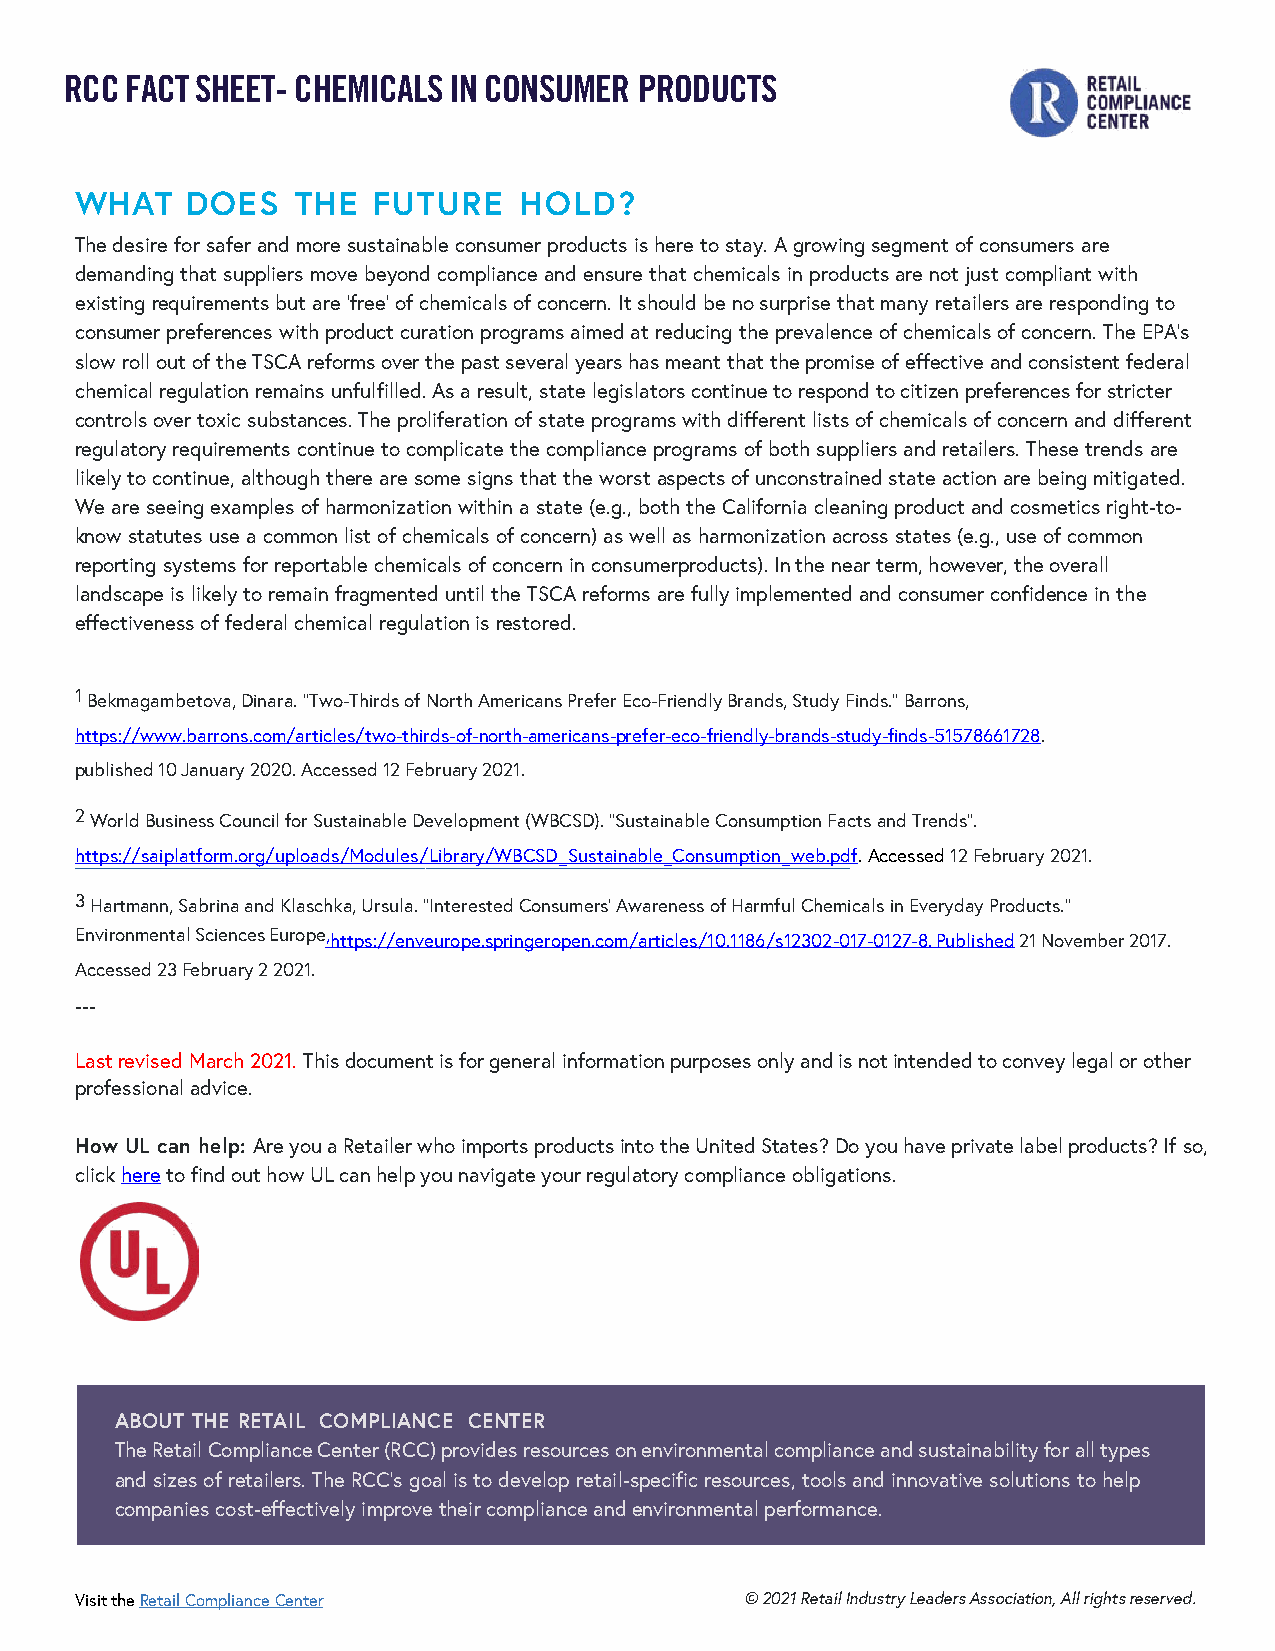
RCC FACT SHEET- CHEMICALS IN CONSUMER PRODUCTS
 WHAT   DOES   THE   FUTURE   HOLD?
 The desire for safer and more sustainable consumer products is here to stay. A growing segment of consumers are
 demanding that suppliers move beyond compliance and ensure that chemicals in products are not just compliant with
 existing requirements but are ‘free’ of chemicals of concern. It should be no surprise that many retailers are responding to
 consumer preferences with product curation programs aimed at reducing the prevalence of chemicals of concern. The EPA’s
 slow roll out of the TSCA reforms over the past several years has meant that the promise of effective and consistent federal
 chemical regulation remains unfulfilled. As a result, state legislators continue to respond to citizen preferences for stricter
 controls over toxic substances. The proliferation of state programs with different lists of chemicals of concern and different
 regulatory requirements continue to complicate the compliance programs of both suppliers and retailers. These trends are
 likely to continue, although there are some signs that the worst aspects of unconstrained state action are being mitigated.
 We are seeing examples of harmonization within a state (e.g., both the California cleaning product and cosmetics right-to-
 know statutes use a common list of chemicals of concern) as well as harmonization across states (e.g., use of common
 reporting systems for reportable chemicals of concern in consumer products). In the near term, however, the overall
 landscape is likely to remain fragmented until the TSCA reforms are fully implemented and consumer confidence in the
 effectiveness of federal chemical regulation is restored.
 1 Bekmagambetova, Dinara. “Two-Thirds of North Americans Prefer Eco-Friendly Brands, Study Finds.” Barrons,
 https://www.barrons.com/articles/two-thirds-of-north-americans-prefer-eco-friendly-brands-study-finds-51578661728.
 published 10 January 2020. Accessed 12 February 2021.
 2 World Business Council for Sustainable Development (WBCSD). “Sustainable Consumption Facts and Trends”.
 https://saiplatform.org/uploads/Modules/Library/WBCSD_Sustainable_Consumption_web.pdf. Accessed 12 February 2021.
 3 Hartmann, Sabrina and Klaschka, Ursula. “Interested Consumers’ Awareness of Harmful Chemicals in Everyday Products.”
 Environmental Sciences Europe,https://enveurope.springeropen.com/articles/10.1186/s12302-017-0127-8. Published 21 November 2017.
 Accessed 23 February 2 2021.
 ---
 Last revised March 2021. This document is for general information purposes only and is not intended to convey legal or other
 professional advice.
 How UL can help: Are you a Retailer who imports products into the United States? Do you have private label products? If so,
 click here to find out how UL can help you navigate your regulatory compliance obligations.
 ABOUT THE RETAIL COMPLIANCE CENTER
 The Retail Compliance Center (RCC) provides resources on environmental compliance and sustainability for all types
 and sizes of retailers. The RCC’s goal is to develop retail-specific resources, tools and innovative solutions to help
 companies cost-effectively improve their compliance and environmental performance.
 Visit the Retail Compliance Center          © 2021 Retail Industry Leaders Association, All rights reserved.